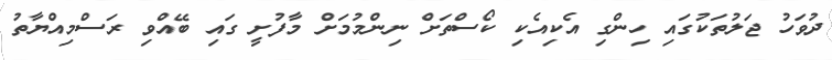
ދުވަހު ޖަލުތަކުގައި ހިންގި އެކިއެކި ކޯސްތަށް ނިންމުމަށް މާފުށީ ގައި ބޭއްވި ރަސްމިއްޔާތު